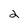
Character: 2